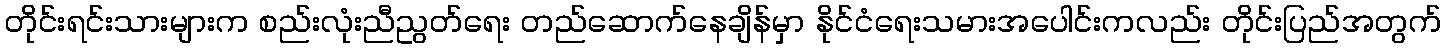
တိုင်းရင်းသားများက စည်းလုံးညီညွတ်ရေး တည်ဆောက်နေချိန်မှာ နိုင်ငံရေးသမားအပေါင်းကလည်း တိုင်းပြည်အတွက်